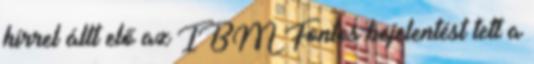
hírrel állt elő az IBM Fontos bejelentést tett a